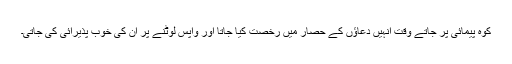
کوہ پیمائی پر جاتے وقت انہیں دعاؤں کے حصار میں رخصت کیا جاتا اور واپس لوٹنے پر ان کی خوب پذیرائی کی جاتی۔